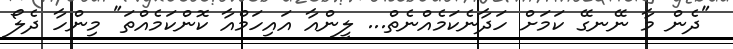
"ދެން މާ ނޭނގޭ ކަމަށް ހަދާނެކަމެއްނެތް... ލީންއާ އައިހަމްއާ ކޮންކަމެއްތަ" މިންހާ ދެލޯ